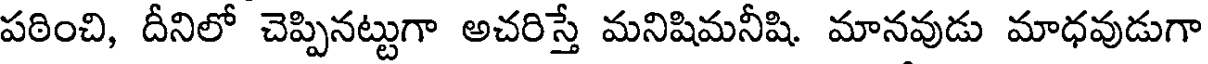
పఠించి, దీనిలో చెప్పినట్టుగా అచరిస్తే మనిషిమనీషి మానవుడు మాధవుడుగా